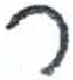
אות: ר